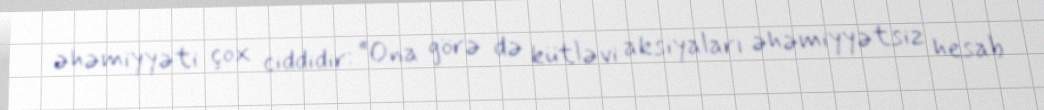
əhəmiyyəti çox ciddidir: “Ona görə də kütləvi aksiyaları əhəmiyyətsiz hesab